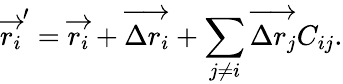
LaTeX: \overrightarrow{r_{i}}^{\prime}=\overrightarrow{r_{i}}+\overrightarrow{\Delta r_{i}}+\sum_{j\neq i}\overrightarrow{\Delta r_{j}}C_{ij}.